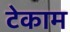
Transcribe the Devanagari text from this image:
टेकाम